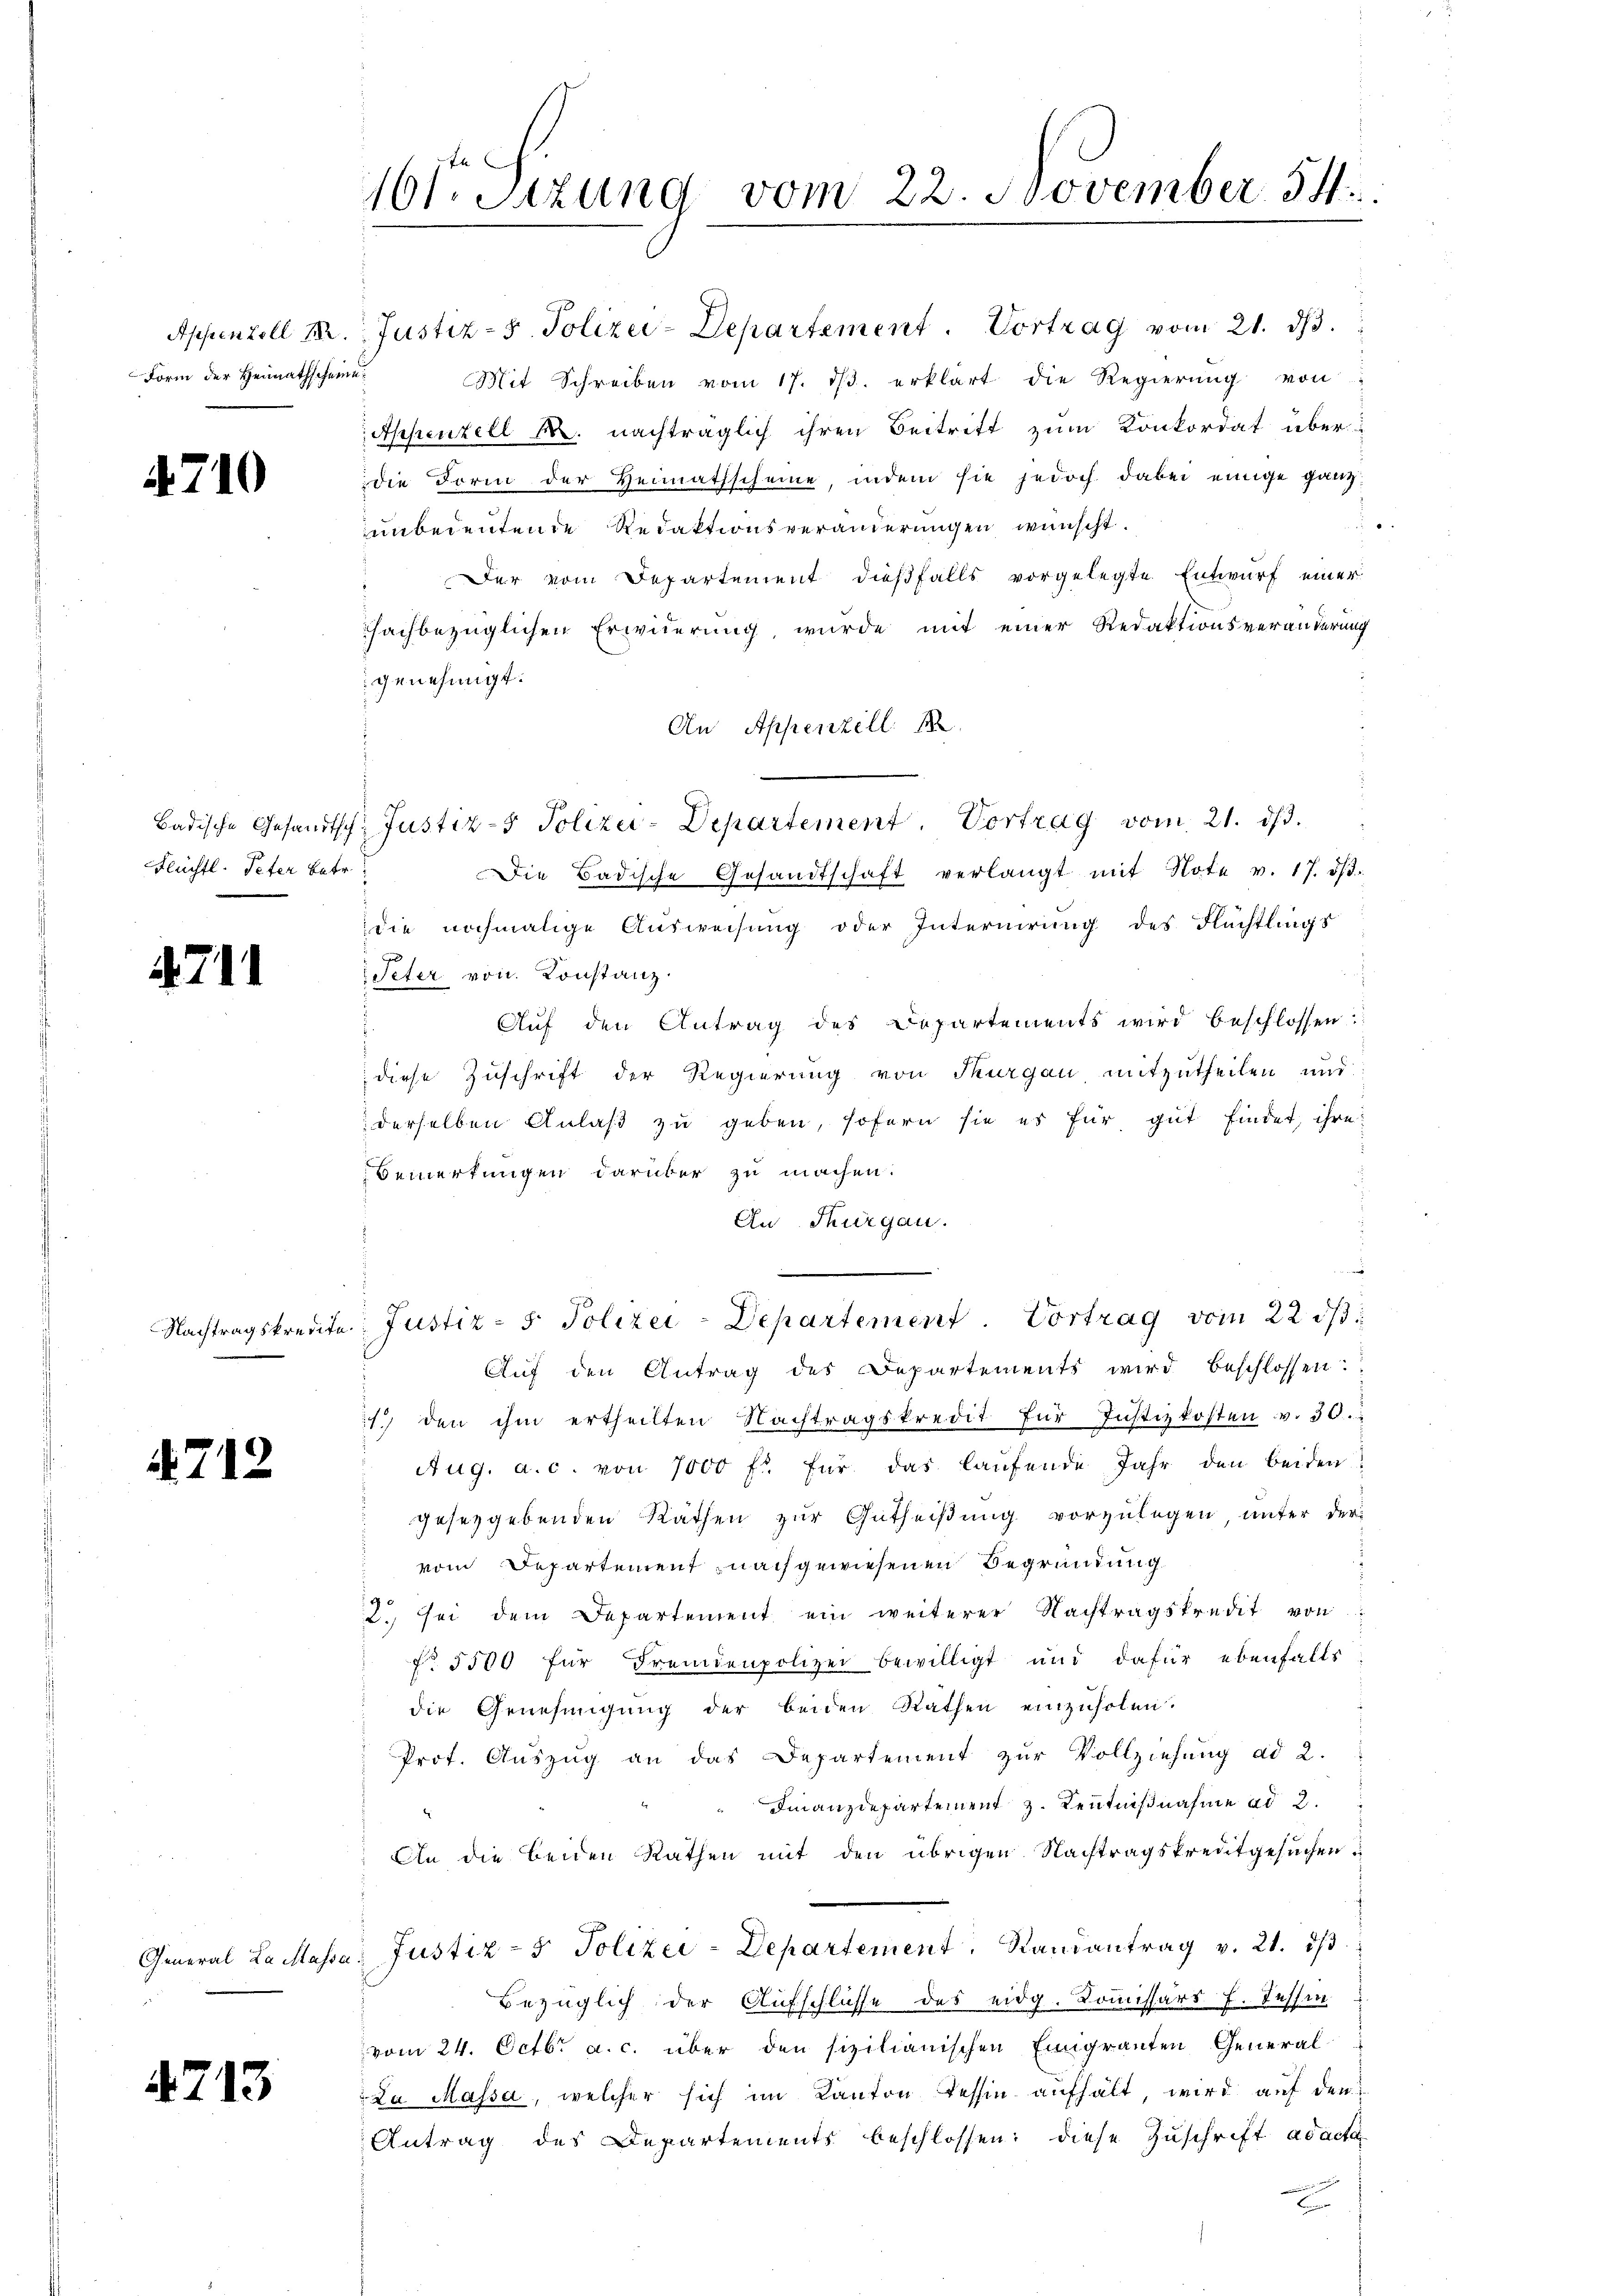
Appenzell 12.
Form der Heimathscheine

4710

Badische Gesandtsch
Flüchtl. Peter betr.

4711

47

Nachtragskredit.

12

General Laitass

4713

16ten Sizung vom 22. November 54.

Justiz- & Polizei-Departement. Vortrag vom 21. dβ.
Mit Schreiben vom 17. dβ. erklärt die Regierŭng von
Appenzell M. nachträglich ihren Beitritt zum Konkordat über
die Form der Heimathscheine, indem sie jedoch dabei einige ganz
unbedeutende Redaktionsveränderungen wünscht.
Der vom Departement dießfalls vorgelegte Entwurf einer
sachbezüglichen Erwierung, wurde mit einer Redaktionsveränderung
genehmigt.
An Appenzell
Justiz- & Polizei-Departement. Vortrag vom 21. ds.
Die Badische Gesandtschaft verlangt mit Note v. 17. ds.
die nochmalige Ausweisung oder Internirung des Flüchtlings
Peter von Konstanz.
Aŭf den Antrag des Departements wird beschlossen:
.
diese Zuschrift der Regierung von Thurgau mitzutheilen und
derselben Anlaß zu geben, sofern sie es für gut findet, ihre
Bemerkungen darüber zu machen.
An Thurgau.
e
Justiz - 5. Polizei-Departement. Vortrag vom 22. ds.
Aŭf den Antrag des Departements wird beschlossen:
1. den ihm ertheilten Nachtragskredit für Justizkosten v. 30.
Aug. a. c. von 7000 fl. für das laŭfende Jahr den beiden
gesetzgebenden Räthen zur Gutheißung vorzulegen, unter der
vom Departement nachgewiesenen Begründung
2. sei dem Departement ein weiterer Nachtragskredit von
No 5500 für Fremdenpolizei bewilligt und dafür ebenfalls
die Genehmigung der beiden Rathen einzuholen.
Prot. Auszug an das Departement zur Vollziehung ad 2.
Finanzdepartement z. Kenntnißnahme ad 2.
An die beiden Rathen mit den übrigen Nachtragskreditgesuchen
Justiz- & Polizei-Departement, Randantrag v. 21. ds
Bezüglich der Aufschlüsse des eidg. Kommissärs f. Tessin
vom 24. Octbr. a. c. über den sizilianischen Einigranten General-
La Massa, welcher sich im Kanton Tessin aufhält wird aŭf den
Antrag des Departements beschlossen: diese Zuschrift ad acta
E